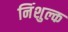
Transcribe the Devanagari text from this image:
निंशुल्क